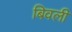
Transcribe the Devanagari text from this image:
बिवली